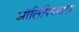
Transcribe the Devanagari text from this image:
ऑलिंपियासला